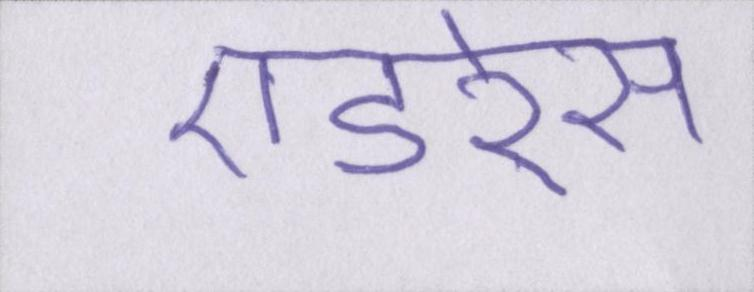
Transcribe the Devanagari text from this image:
एडरेस